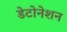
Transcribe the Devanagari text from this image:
डेटोनेशन